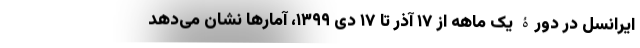
ایرانسل در دورۀ یک ماهه از ۱۷ آذر تا ۱۷ دی ۱۳۹۹، آمارها نشان می‌دهد